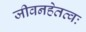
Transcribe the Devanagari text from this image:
जीवनहेतव्वः